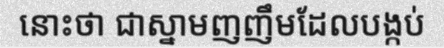
នោះថា ជាស្នាមញញឹមដែលបង្កប់